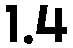
1.4